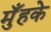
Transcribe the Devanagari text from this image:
मुँहके